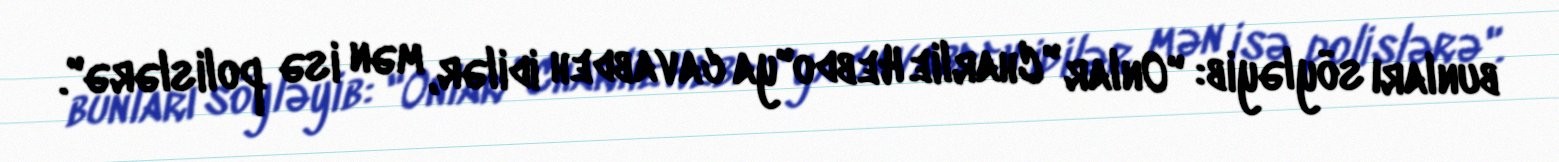
bunları söyləyib: "Onlar "Charlie Hebdo"ya cavabdeh idilər, mən isə polislərə".